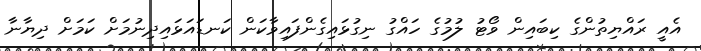
އެއީ ރައްޔިތުންގެ ކިބައިން ވޯޓު ލުމުގެ ހައްގު ނިގުޅައިގެންފައިވާކަން ކަނޑައަޅައިދިނުމަށް ކަމަށް ދިޔާނާ